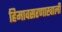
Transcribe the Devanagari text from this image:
हिमावसरणाखाली